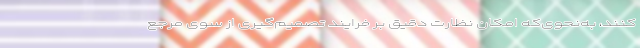
کنند، به‌نحوی‌که امکان نظارت دقیق بر فرایند تصمیم‌گیری از سوی مرجع